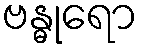
ဗန္ဓုရော